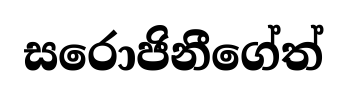
සරොජිනීගේත්